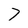
Character: 7